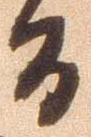
間